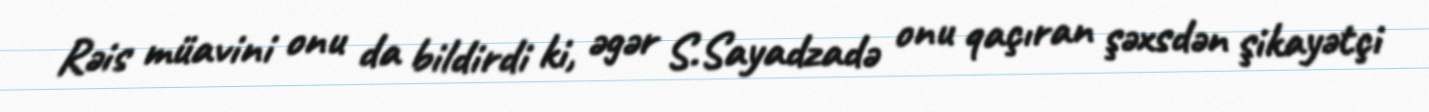
Rəis müavini onu da bildirdi ki, əgər S.Sayadzadə onu qaçıran şəxsdən şikayətçi